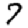
Digit: 7